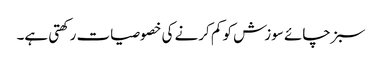
سبز چائے سوزش کو کم کرنے کی خصوصیات رکھتی ہے۔